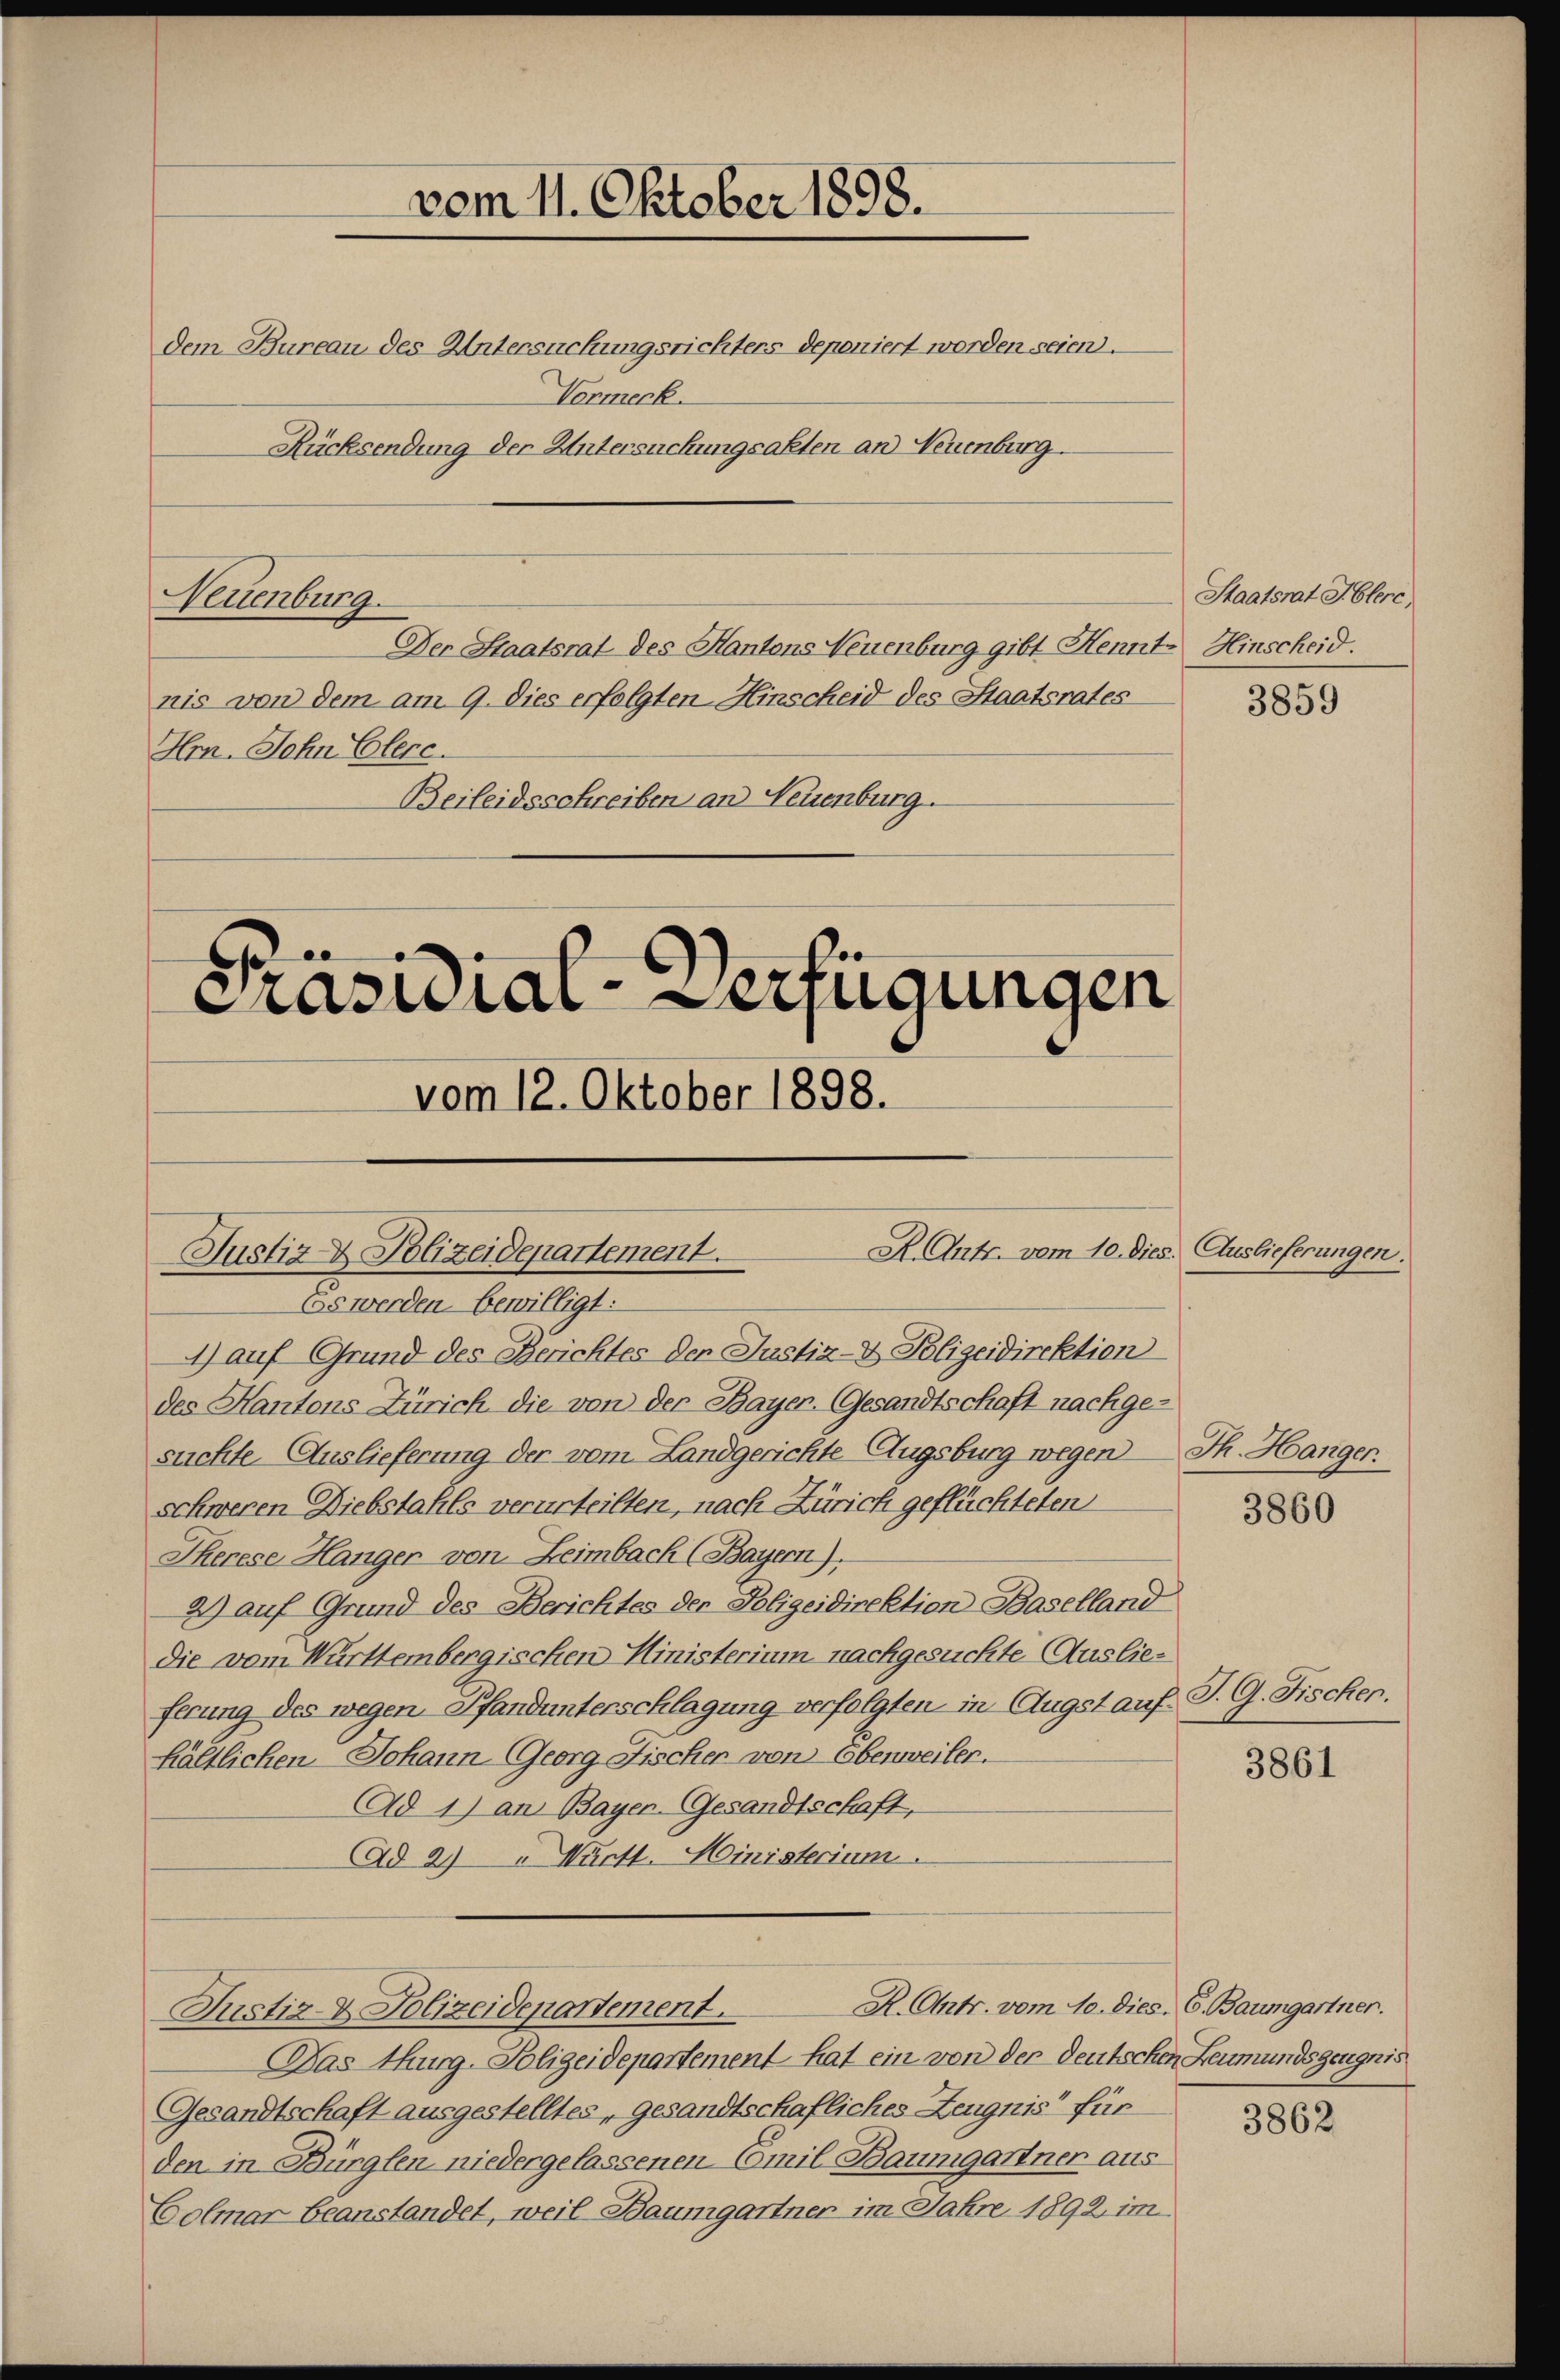
Neuenburg.

dem Bureau des Untersuchungsrichters deponiert worden seien.
Vormerk.
Rücksendung der Untersuchungsakten an Neuenburg.
Der Staatsrat des Hantons Neuenburg gibt Hennt Hinscheid.
nis von dem am 9. dies erfolgten Hinscheid des Staatsrates
Hrn. John Elere.
Beileidsschreiben an Neuenburg.

Präsidial-Verfügungen
vom 12. Oktober 1898.

A. Antr. vom 10. dies. Auslieferungen.
Justiz & Polizeidepartement.
Es werden bewilligt:

vom 11. Oktober 1898.

4) auf Grund des Berichtes der Justiz- & Polizeidirektion
des Kantons Zürich die von der Bayer, Gesandtschaft nachgesuchte Auslieferung der vom Landgerichte Augsburg wegen Th. Hanger.
schweren Diebstahls verurteilten, nach Zürich geflüchteten
Iherese Hanger von Leimbach (Bayern).
2) auf Grund des Berichtes der Polizeidirektion Baselland
die vom Württembergischen Ministerium nachgesuchte Auslieferung des wegen Pfandunterschlagung verfolgten in Augst aufhältlichen Johann Georg Fischen von Ebenweiler.
Ad 1) an Bayer-Gesandtschaft,
Ad 2) " Württ. Ministerium
R. Antr. vom 10. dies. E. Baumgartner.
Justiz- & Polizeidepartement.
Das Thurg-Polizeidepartement hat ein von der deutschen Leumundszeugnis
Gesandtschaft ausgestelltes, gesandtschafliches Zeugnis für
den in Bürglen niedergelassenen Emil Baumgartner aus
Colmar beanstandet, weil Baumgartner im Jahre 1892 im

Staatsrat Hlere,

3859

3860

J. G. Fischer.

3861

3862